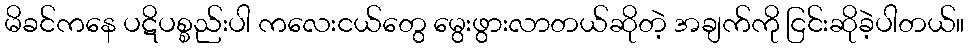
မိခင်ကနေ ပဋိပစ္စည်းပါ ကလေးငယ်တွေ မွေးဖွားလာတယ်ဆိုတဲ့ အချက်ကို ငြင်းဆိုခဲ့ပါတယ်။